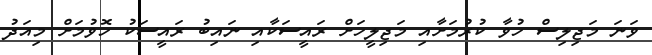
ވަނަ މަޖިލިސް ހުވާ ކުރުމަށާއި މަޖިލީހަށް ރައީސަކާއި ނައިބު ރައީސަކު ހޮވުމަށް މިއަދު